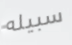
سبيله